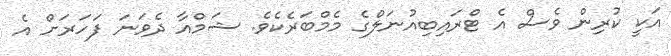
އަކީ ކުރިން ވެސް އެ ޓްރައިބިއުނަލްގެ މެމްބަރެކެވެ. ޝަމްއާ ދެވަނަ ފަހަރަށް އެ